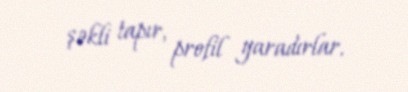
şəkli tapır, profil yaradırlar.